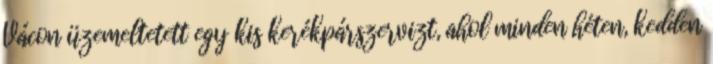
Vácon üzemeltetett egy kis kerékpárszervizt, ahol minden héten, kedden